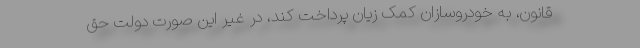
قانون، به خودروسازان کمک زیان پرداخت کند، در غیر این صورت دولت حق